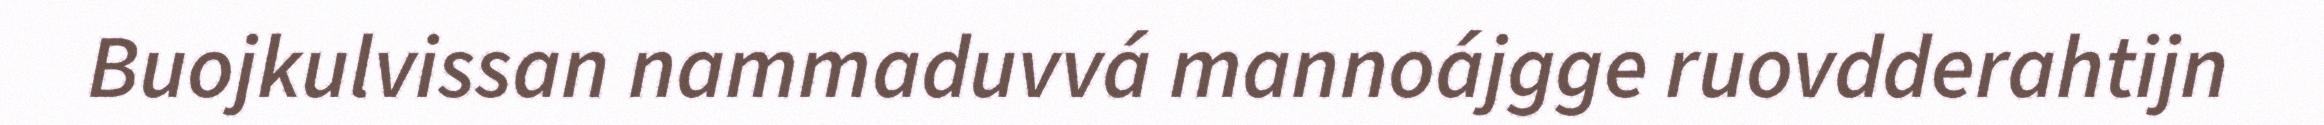
Buojkulvissan nammaduvvá mannoájgge ruovdderahtijn